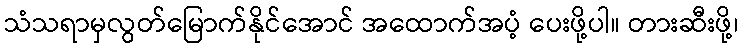
သံသရာမှလွတ်မြောက်နိုင်အောင် အထောက်အပံ့ ပေးဖို့ပါ။ တားဆီးဖို့၊